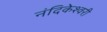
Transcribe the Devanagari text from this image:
नंदिकेश्वरी